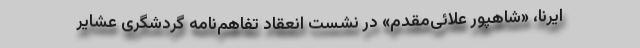
ایرنا، «شاهپور علائی‌مقدم» در نشست انعقاد تفاهم‌نامه گردشگری عشایر